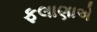
ફલાણાએ